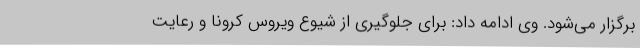
برگزار می‌شود. وی ادامه داد: برای جلوگیری از شیوع ویروس کرونا و رعایت